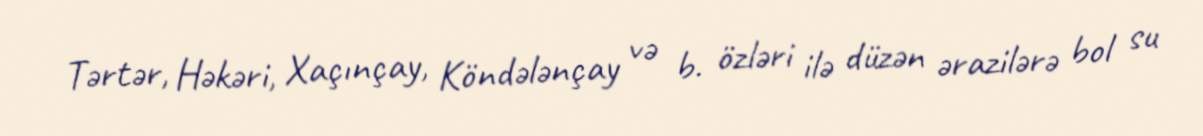
Tərtər, Həkəri, Xaçınçay, Köndələnçay və b. özləri ilə düzən ərazilərə bol su